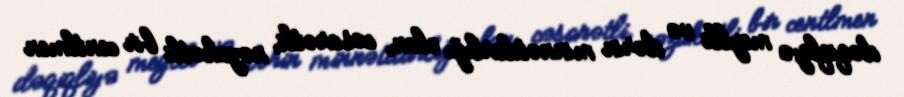
dəqiqliyə meylli və dərin minnətdarlığı olan, cəsarətli, nəzakətli bir centlmen